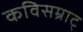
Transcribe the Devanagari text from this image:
कविसम्राट्